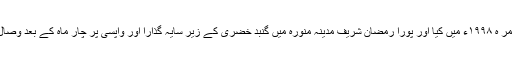
آخری عمر ہ ۱۹۹۸ء میں کیا اور پورا رمضان شریف مدینہ منورہ میں گنبد خضریٰ کے زیر سایہ گذارا اور واپسی پر چار ماہ کے بعد وصال فرمایا۔